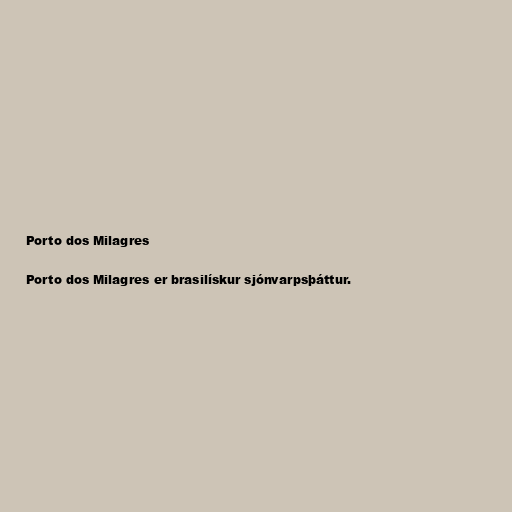
Porto dos Milagres

Porto dos Milagres er brasilískur sjónvarpsþáttur.